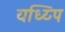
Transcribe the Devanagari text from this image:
यध्य्पि